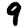
Digit: 9